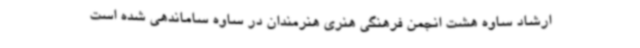
ارشاد ساوه هشت انجمن فرهنگی هنری هنرمندان در ساوه ساماندهی شده است